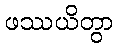
ဖဿယိတွာ